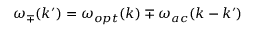
\omega _ { \mp } ( k ^ { \prime } ) = \omega _ { o p t } ( k ) \mp \omega _ { a c } ( k - k ^ { \prime } )